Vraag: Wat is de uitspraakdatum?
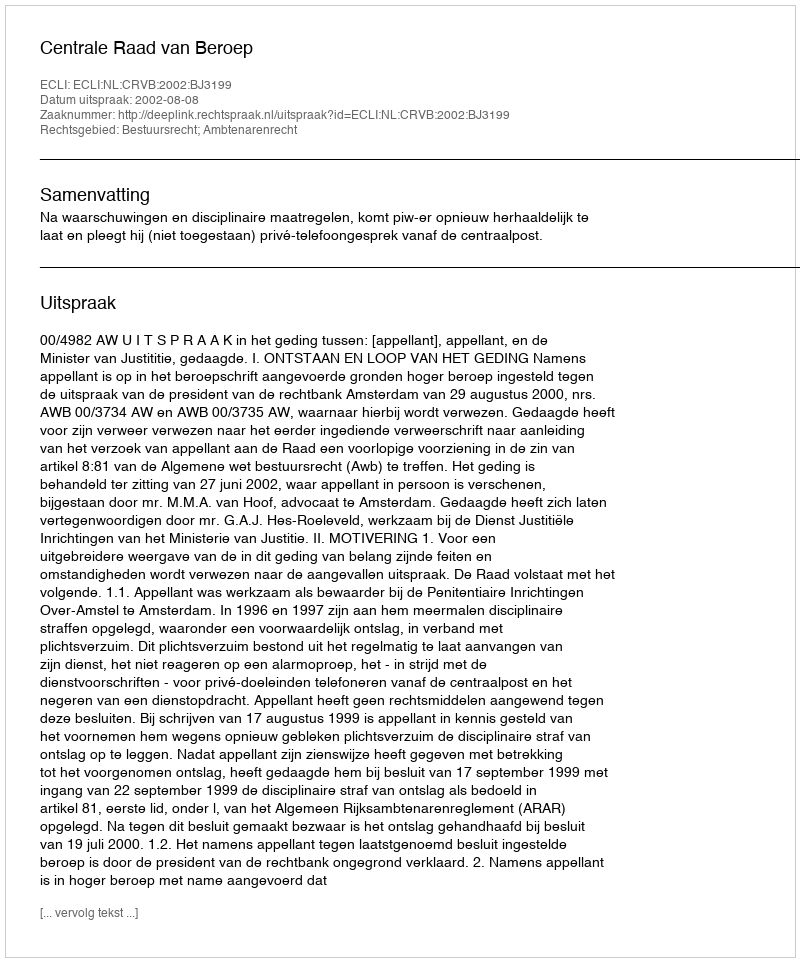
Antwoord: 2002-08-08